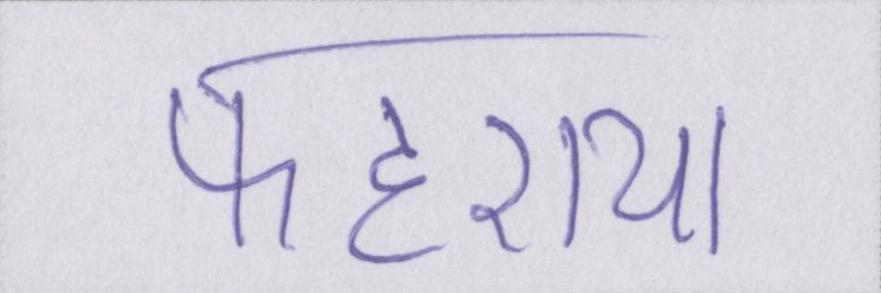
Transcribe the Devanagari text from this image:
फहराया